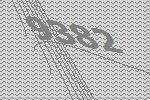
9382